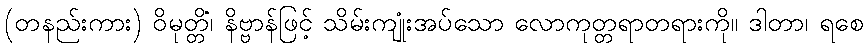
(တနည်းကား) ဝိမုတ္တိံ၊ နိဗ္ဗာန်ဖြင့် သိမ်းကျုံးအပ်သော လောကုတ္တရာတရားကို။ ဒါတာ၊ ရစေ